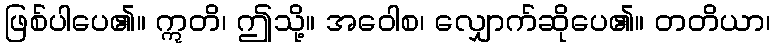
ဖြစ်ပါပေ၏။ ဣတိ၊ ဤသို့။ အဝေါစ၊ လျှောက်ဆိုပေ၏။ တတိယာ၊